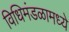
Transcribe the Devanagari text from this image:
विधिमंडळामध्‍ये